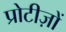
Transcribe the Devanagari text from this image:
प्रोटीज़ों